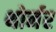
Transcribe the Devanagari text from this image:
थोर्नर